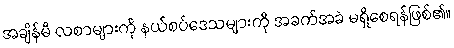
အချိန်မီ လစာများကို နယ်စပ်ဒေသများကို အခက်အခဲ မရှိစေရန်ဖြစ်၏။